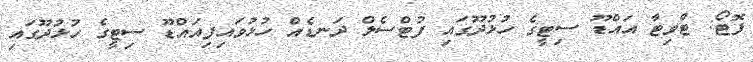
ފޮޓޯ: ޓްވިޓާ އައްޑޫ ސިޓީގެ ހުޅުދޫގައި ފުޓްސެލް ދަނޑެއް ހުޅުވައިފިއައްޑޫ ސިޓީގެ ހުޅުދޫގައި